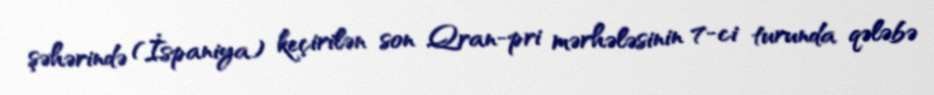
şəhərində (İspaniya) keçirilən son Qran-pri mərhələsinin 7-ci turunda qələbə